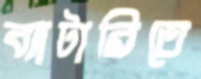
ব্যাটারিতে